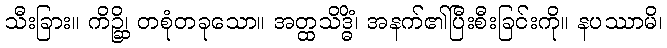
သီးခြား။ ကိဉ္ဆိ၊ တစုံတခုသော။ အတ္ထသိဒ္ဓိံ၊ အနက်၏ပြီးစီးခြင်းကို။ နပဿာမိ၊